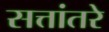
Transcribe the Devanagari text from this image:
सत्तांतरे